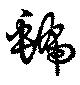
号